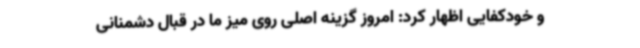
و خودکفایی اظهار کرد: امروز گزینه اصلی روی میز ما در قبال دشمنانی